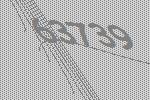
63739